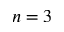
n = 3